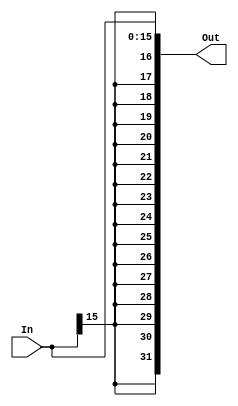
module extensor_de_sinal(In, Out);

input wire [15:0] In;
output wire [31:0] Out;

localparam qtdBits = 16;

assign Out[31:0] = { {qtdBits{In[15]}} , In};


endmodule